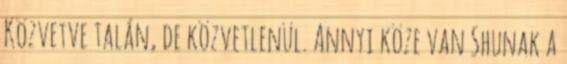
Közvetve talán, de közvetlenül. Annyi köze van Shunak a